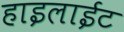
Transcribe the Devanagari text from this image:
हाइलाईट